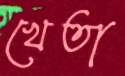
খেতা